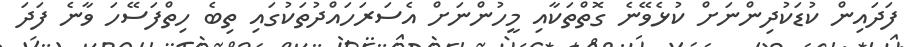
ފަދައިން ކުޑަކުދިންނަށް ކުޅެވޭނެ ގޮތްތަކާއި މީހުންނަށް އެސަރަހައްދުތަކުގައި ތިބެ ހިތްފަސޭހަ ވާނެ ފަދަ